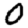
Digit: 0